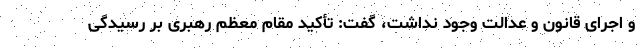
و اجرای قانون و عدالت وجود نداشت، گفت: تأکید مقام معظم رهبری بر رسیدگی